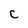
Character: C